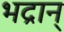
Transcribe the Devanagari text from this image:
भद्रान्